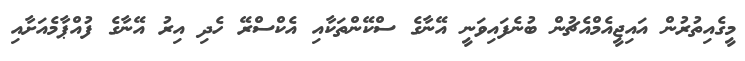
މީގެއިތުރުން އައިޖީއެމްއެޗުން ބުނެފައިވަނީ އޭނާގެ ސްކޭންތަކާއި އެކްސްރޭ ހެދި އިރު އޭނާގެ ފުއްޕާމެއަށާއި